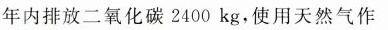
年内排放二氧化碳2400kg，使用天然气作